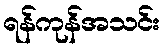
ရန်ကုန်အသင်း